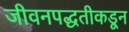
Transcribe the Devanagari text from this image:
जीवनपद्धतीकडून